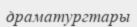
драматургтары